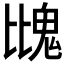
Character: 𩲖